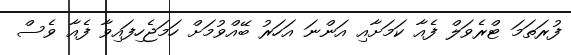
ފުރަތަމަ ޓްރެވަލް ފެއާ ކަމަށާއި އަންނަ އަހަރު ބޭއްވުމަށް ހަމަޖެހިފައިވާ ފެއާ ވެސް